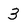
Character: 3